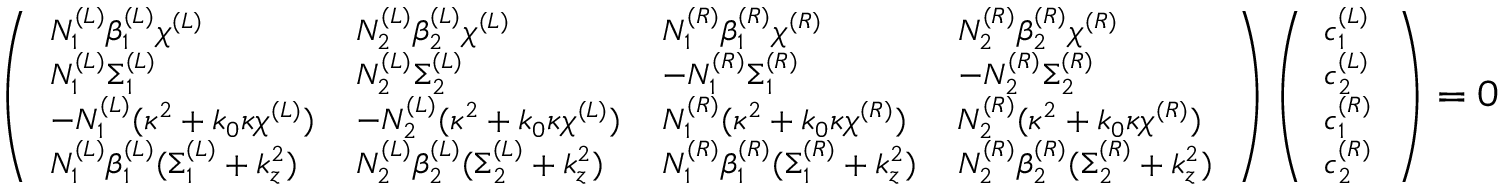
\footnotesize \left( \begin{array} { l l l l } { N _ { 1 } ^ { ( L ) } \beta _ { 1 } ^ { ( L ) } \chi ^ { ( L ) } } & { N _ { 2 } ^ { ( L ) } \beta _ { 2 } ^ { ( L ) } \chi ^ { ( L ) } } & { N _ { 1 } ^ { ( R ) } \beta _ { 1 } ^ { ( R ) } \chi ^ { ( R ) } } & { N _ { 2 } ^ { ( R ) } \beta _ { 2 } ^ { ( R ) } \chi ^ { ( R ) } } \\ { N _ { 1 } ^ { ( L ) } \Sigma _ { 1 } ^ { ( L ) } } & { N _ { 2 } ^ { ( L ) } \Sigma _ { 2 } ^ { ( L ) } } & { - N _ { 1 } ^ { ( R ) } \Sigma _ { 1 } ^ { ( R ) } } & { - N _ { 2 } ^ { ( R ) } \Sigma _ { 2 } ^ { ( R ) } } \\ { - N _ { 1 } ^ { ( L ) } ( \kappa ^ { 2 } + k _ { 0 } \kappa \chi ^ { ( L ) } ) } & { - N _ { 2 } ^ { ( L ) } ( \kappa ^ { 2 } + k _ { 0 } \kappa \chi ^ { ( L ) } ) } & { N _ { 1 } ^ { ( R ) } ( \kappa ^ { 2 } + k _ { 0 } \kappa \chi ^ { ( R ) } ) } & { N _ { 2 } ^ { ( R ) } ( \kappa ^ { 2 } + k _ { 0 } \kappa \chi ^ { ( R ) } ) } \\ { N _ { 1 } ^ { ( L ) } \beta _ { 1 } ^ { ( L ) } ( \Sigma _ { 1 } ^ { ( L ) } + k _ { z } ^ { 2 } ) } & { N _ { 2 } ^ { ( L ) } \beta _ { 2 } ^ { ( L ) } ( \Sigma _ { 2 } ^ { ( L ) } + k _ { z } ^ { 2 } ) } & { N _ { 1 } ^ { ( R ) } \beta _ { 1 } ^ { ( R ) } ( \Sigma _ { 1 } ^ { ( R ) } + k _ { z } ^ { 2 } ) } & { N _ { 2 } ^ { ( R ) } \beta _ { 2 } ^ { ( R ) } ( \Sigma _ { 2 } ^ { ( R ) } + k _ { z } ^ { 2 } ) } \end{array} \right) \left( \begin{array} { l } { c _ { 1 } ^ { ( L ) } } \\ { c _ { 2 } ^ { ( L ) } } \\ { c _ { 1 } ^ { ( R ) } } \\ { c _ { 2 } ^ { ( R ) } } \end{array} \right) = 0